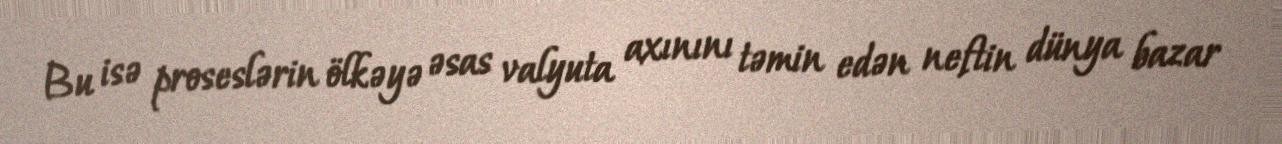
Bu isə proseslərin ölkəyə əsas valyuta axınını təmin edən neftin dünya bazar